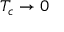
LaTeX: T _ { c } \rightarrow 0